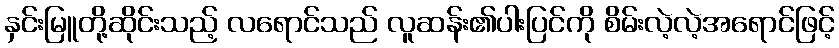
နှင်းမြူတို့ဆိုင်းသည့် လရောင်သည် လူဆန်း၏ပါးပြင်ကို စိမ်းလဲ့လဲ့အရောင်ဖြင့်